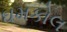
ઘમકોલ